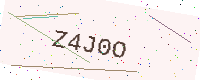
Text: Z4J0O